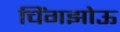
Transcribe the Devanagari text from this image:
चिंगझोऊ